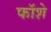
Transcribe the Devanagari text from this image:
फॉशे